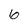
Character: 6